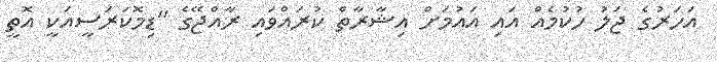
އަހަރުގެ ޖަލު ހުކުމެއް އައި އައުމަށް އިޝާރާތް ކުރައްވައި ރާއްޖޭގެ "ޑިމޮކަރަސީއަކީ އޮތީ